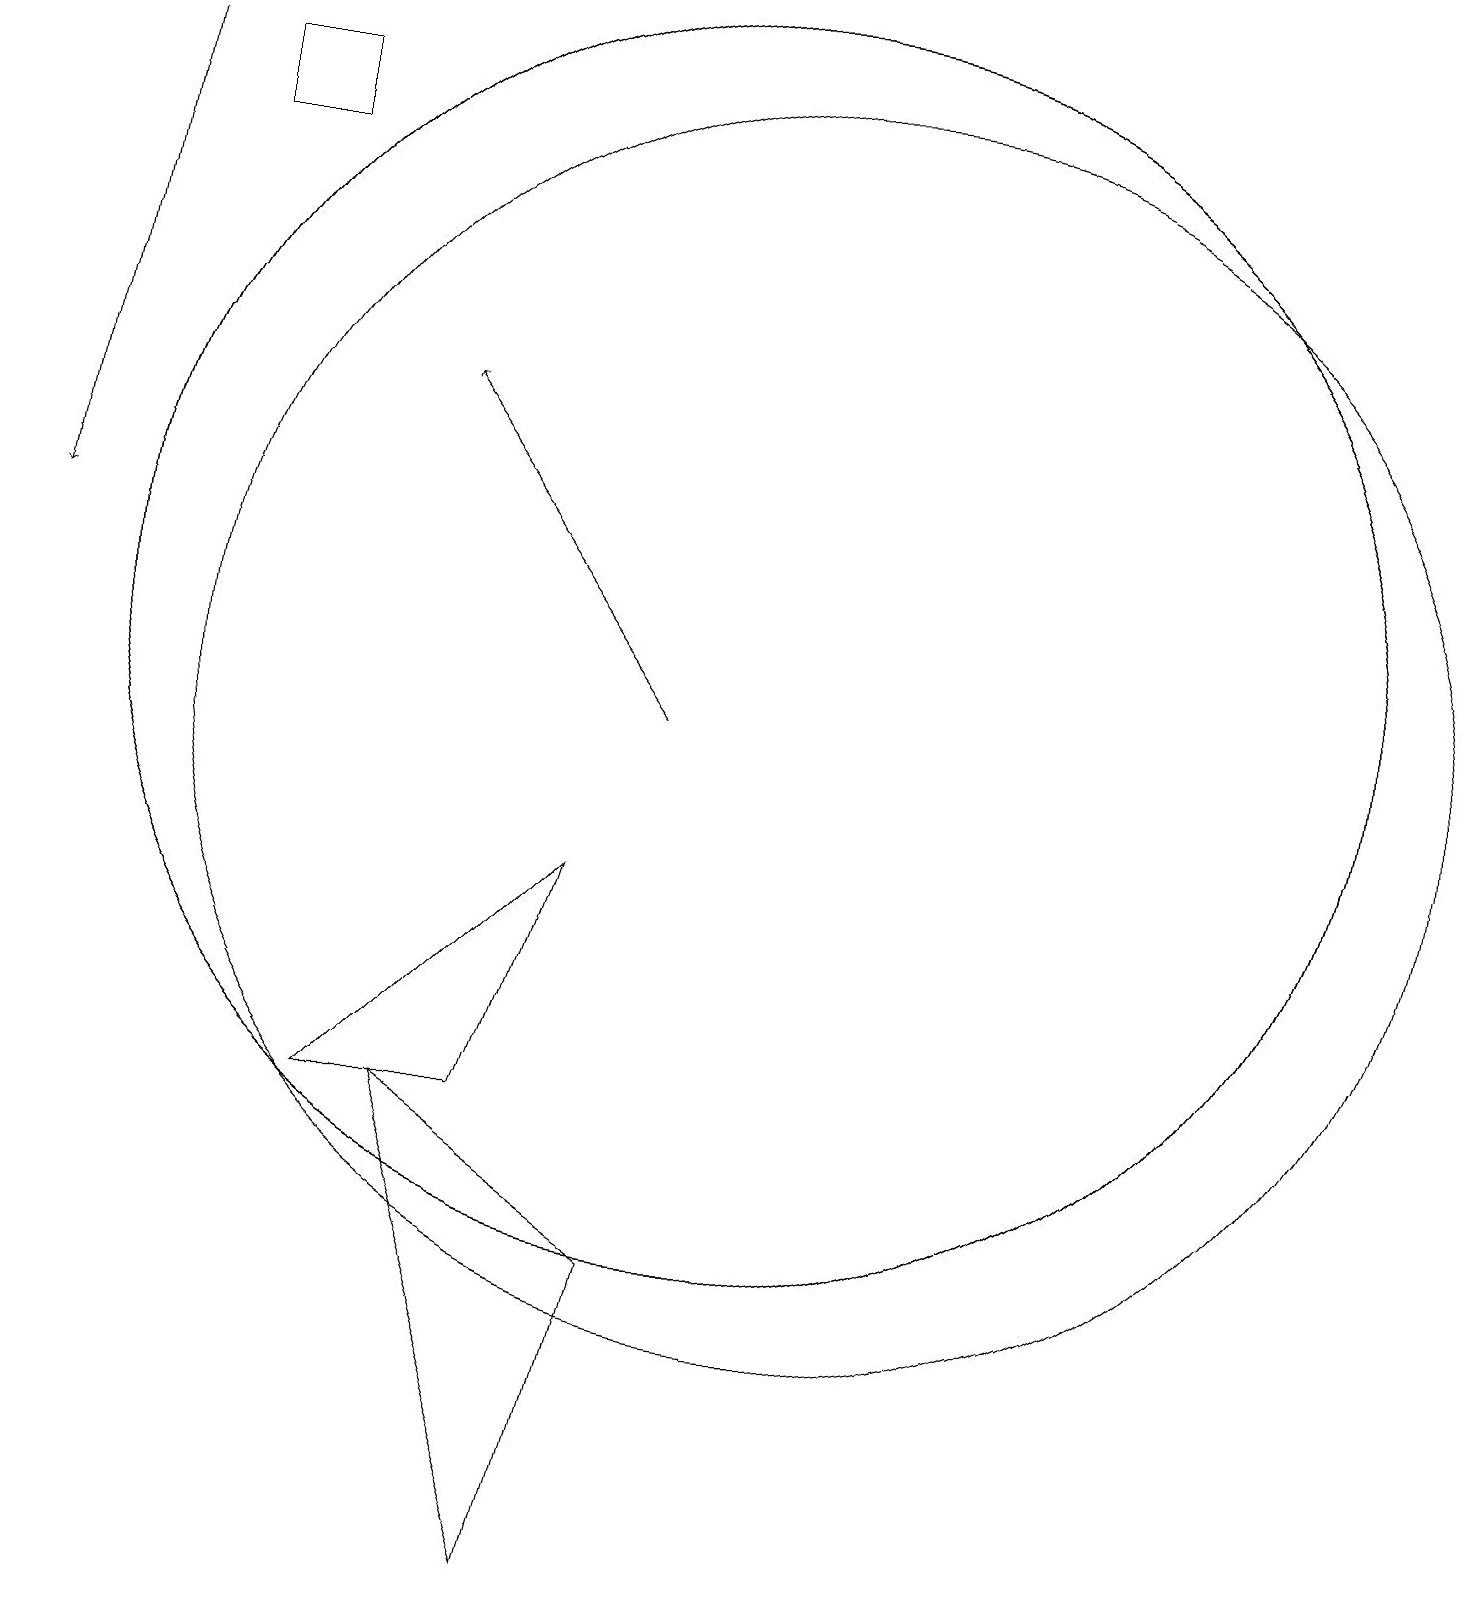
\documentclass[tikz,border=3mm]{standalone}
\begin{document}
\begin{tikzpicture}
\draw (10,12) circle (8);
\draw (10,12) circle (8);
\draw (3,18) rectangle (4,19);
\draw[->] (2,19) -- (1,13);
\draw (8,0) -- (6,6) -- (9,4) -- cycle;
\draw (11,11) circle (8);
\draw[->] (9,11) -- (6,15);
\draw (7,6) -- (8,9) -- (5,6) -- cycle;
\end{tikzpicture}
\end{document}